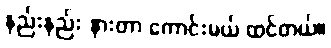
နည်းနည်း နားတာ ကောင်းမယ် ထင်တယ်။